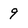
Character: 9